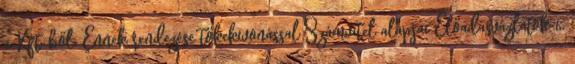
a Kft-ből. Ennek rendezése tőkekivonással Számvitel alapjai Előadásvázlatok 6.